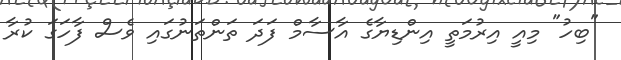
"ބިހު" މިއީ އިރުމަތީ އިންޑިޔާގެ އާސާމް ފަދަ ތަންތަނުގައި ވެސް ފާހަގަ ކުރާ